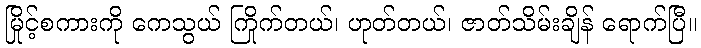
မြိုင့်စကားကို ကေသွယ် ကြိုက်တယ်၊ ဟုတ်တယ်၊ ဇာတ်သိမ်းချိန် ရောက်ပြီ။